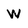
Character: W